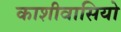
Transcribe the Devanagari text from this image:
काशीवासियो